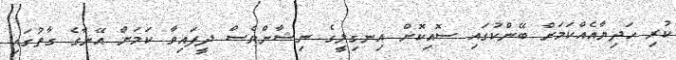
ކުރި ހަދިޔާއެއްކަމަށް ބޭންކުގައި ސޮއިކޮށް އިނގިލީގެ ނިޝާންވެސް ދީފައިވާ ކަމަށް އޭނާގެ ގާތުގައި